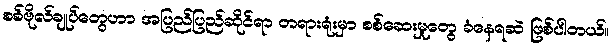
စစ်ဗိုလ်ချုပ်တွေဟာ အပြည်ပြည်ဆိုင်ရာ တရားရုံးမှာ စစ်ဆေးမှုတွေ ခံနေရဆဲ ဖြစ်ပါတယ်။